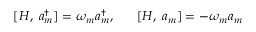
[ H , \; a _ { m } ^ { \dagger } ] = \omega _ { m } a _ { m } ^ { \dagger } , \; \; \; \; \; \; [ H , \; a _ { m } ] = - \omega _ { m } a _ { m }